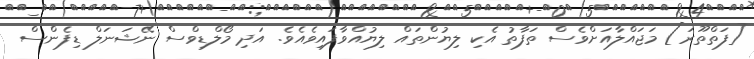
[ފަތްތޫރަ] މަޖައްލާއަށްވެސް ތަފާތު އެކި ލިޔުންތައް ލިޔުއްވާފައިވެއެވެ. އަދި މޯލްޑިވްސް ނޭޝަނަލް ޑިފެންސް